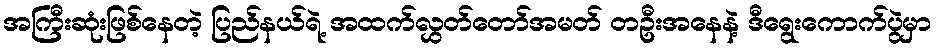
အကြီးဆုံးဖြစ်နေတဲ့ ပြည်နယ်ရဲ့ အထက်လွှတ်တော်အမတ် တဦးအနေနဲ့ ဒီရွေးကောက်ပွဲမှာ